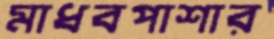
মাধবপাশার